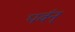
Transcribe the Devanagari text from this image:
पर्वन्